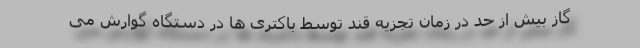
گاز بیش از حد در زمان تجزیه قند توسط باکتری ها در دستگاه گوارش می